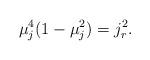
LaTeX: \begin{align*} \mu_j^4(1-\mu_j^2)= j_r^2.\end{align*}